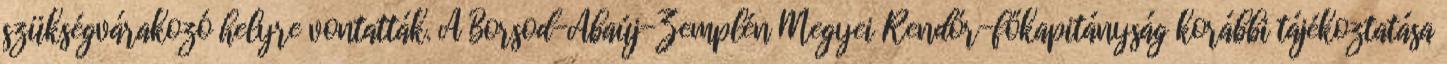
szükségvárakozó helyre vontatták. A Borsod-Abaúj-Zemplén Megyei Rendőr-főkapitányság korábbi tájékoztatása